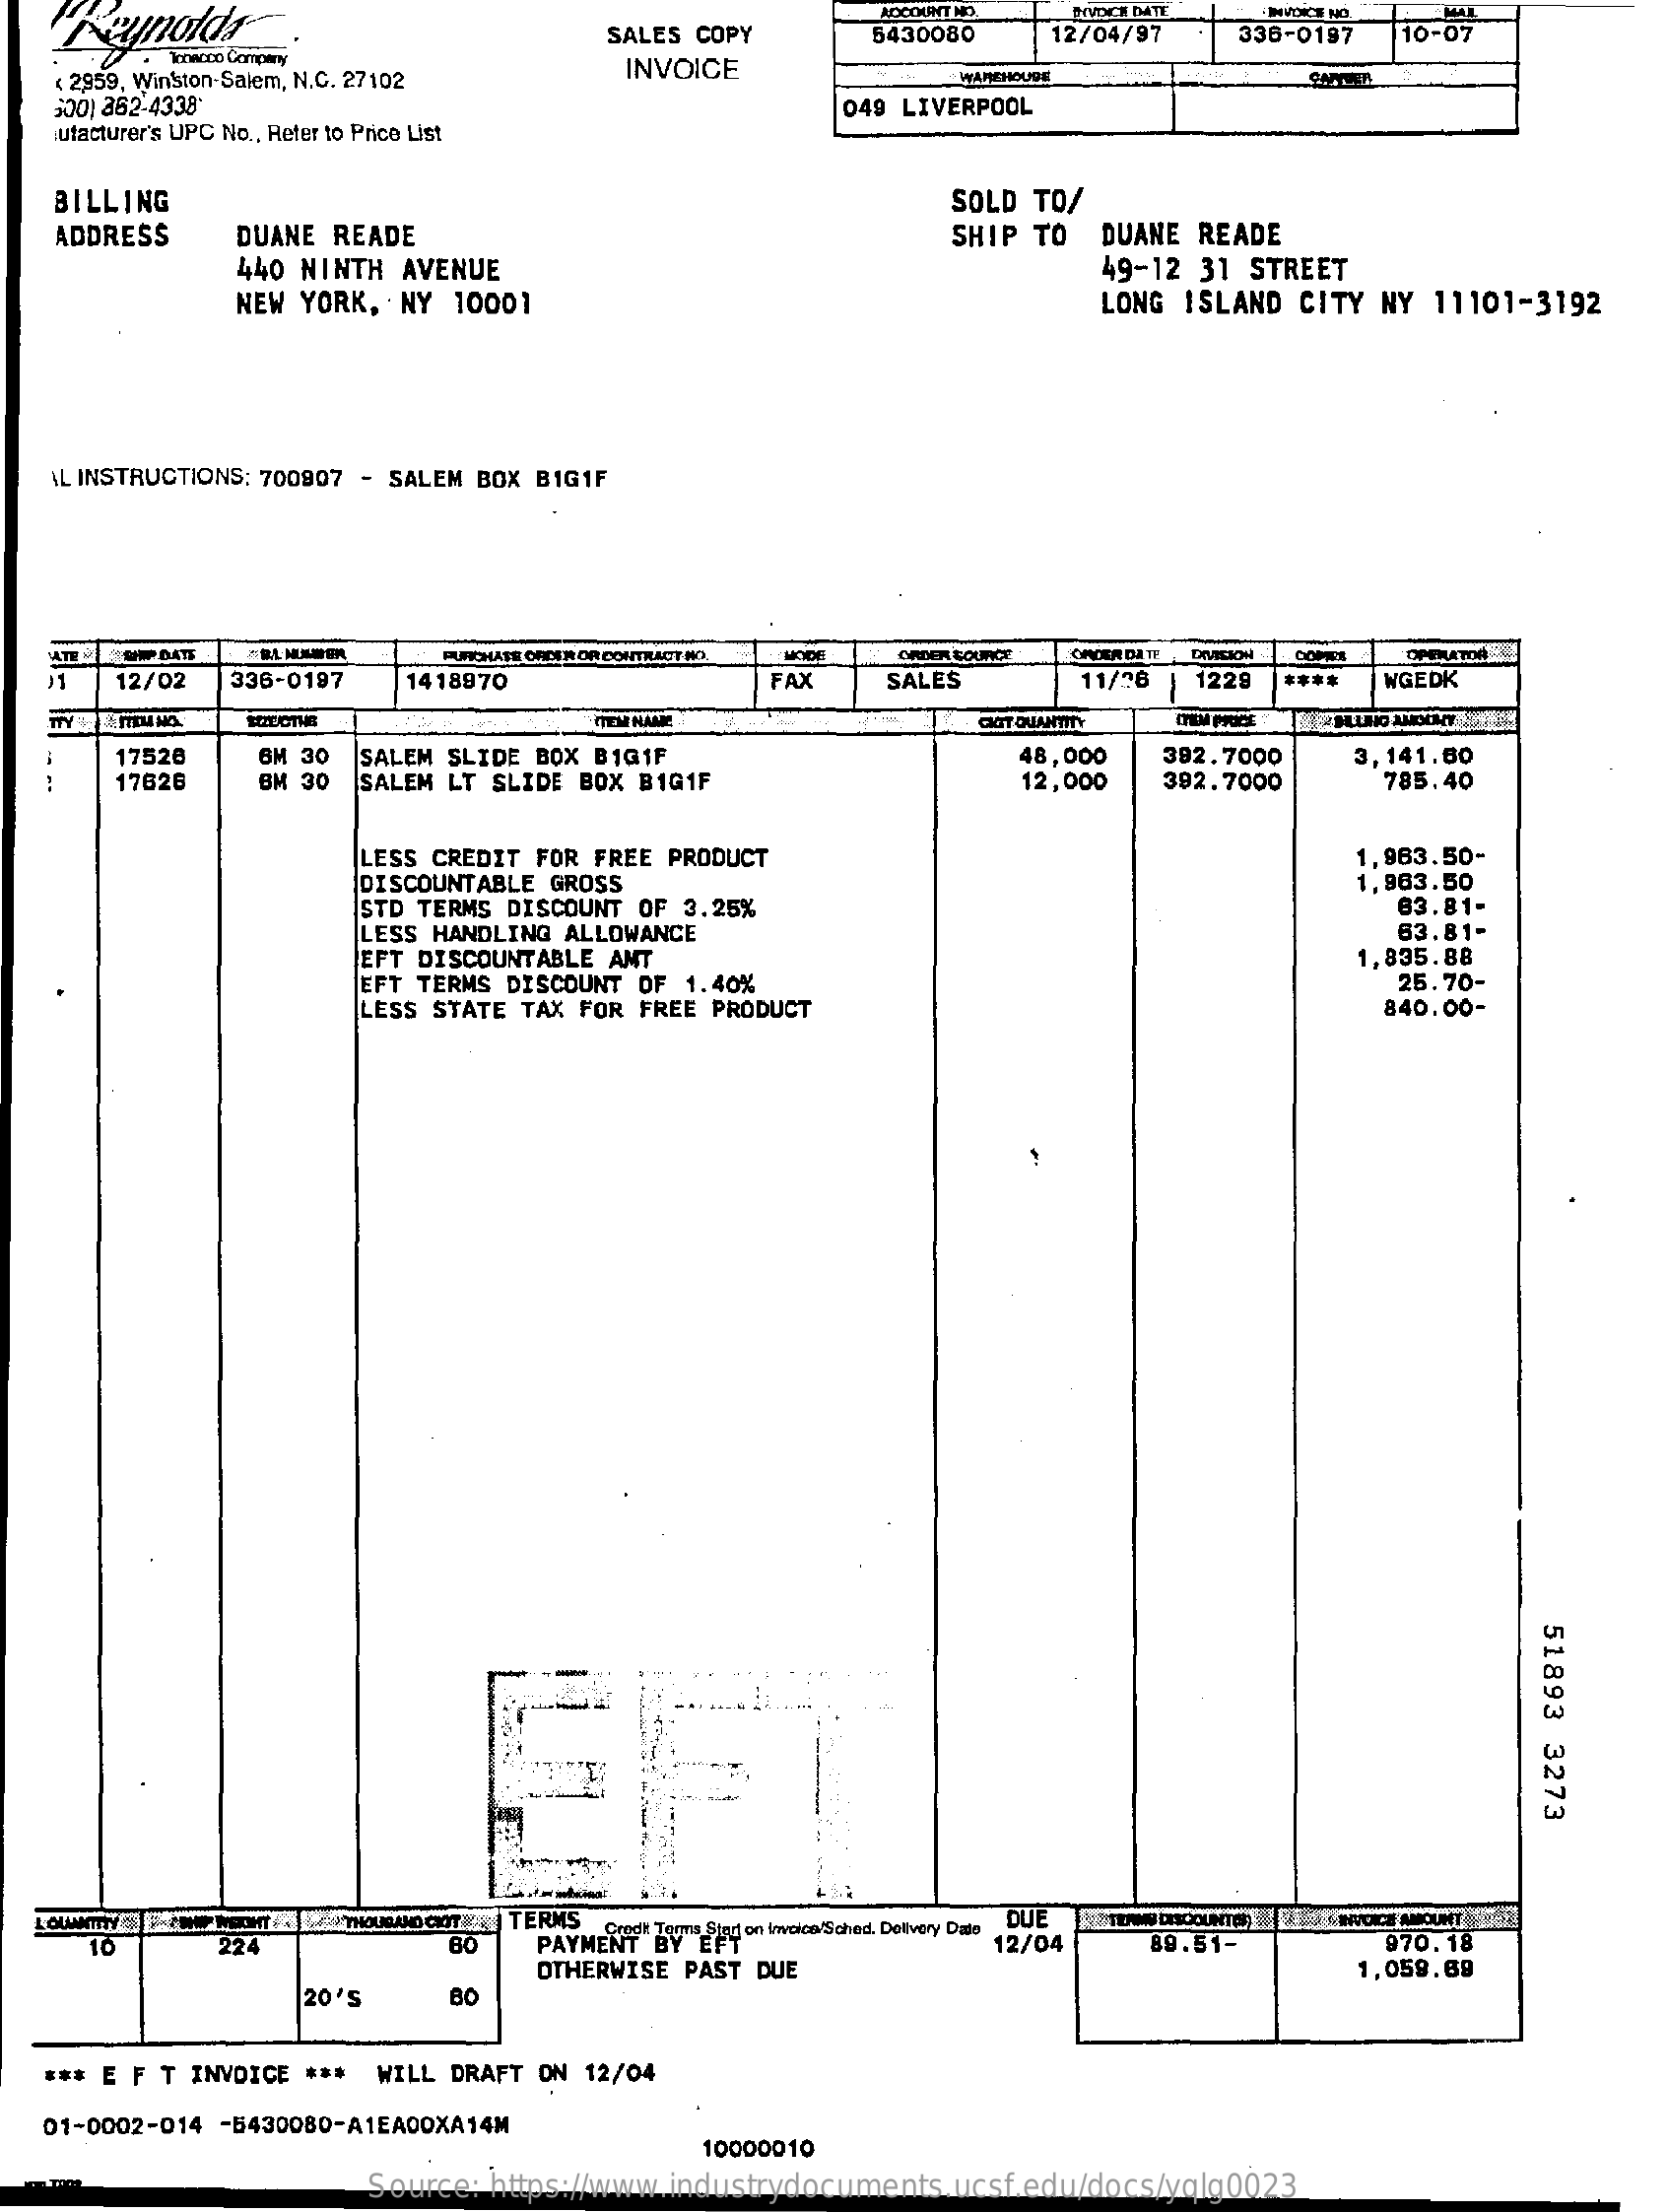
SALES COPY
     ACCOUNTHD
     5430080  12/04/97
     INVOKE NO
     336-0197 10-07
   < 2959, Winston-Salem, N.C. 27102 INVOICE    WAREHOUDE    ENTZER
   000) 862-4338
   ufacturer's UPC No ., Refer to Price List
     049 LIVERPOOL
   BILLING    SOLD TO/
   ADDRESS  DUANE READE
     440 NINTH AVENUE
     SHIP TO DUANE READE
     NEW YORK, NY 10001
     49-12 31 STREET
     LONG ISLAND CITY NY 11101-3192
   IL INSTRUCTIONS: 700907 - SALEM BOX BIG1F
     UT DATE    PURCHASE OFCER OR CONTRACT NO. MOCE GADER BOUNCE DIVISION COSA OPERATOR
   01 12/02 336-0197 1418970    FAX   SALES    11/26 1229    WGEDK
     TTEM RAME    CIT QUANTITY TIM PICICE
     17526  BM 30 SALEM SLIDE BOX B1GIF    48,000 392.7000 3,141.60
     17626  BM 30 SALEM LT SLIDE BOX BIG1F    12,000 392.7000  785.40
     LESS CREDIT FOR FREE PRODUCT
     DISCOUNTABLE GROSS
     1,963.50-
     STD TERMS DISCOUNT OF 3.25%
     1,963.50
     63.81-
     LESS HANDLING ALLOWANCE
     EFT DISCOUNTABLE AMT
     63.81-
     EFT TERMS DISCOUNT OF 1.40%
     1,835.88
     LESS STATE TAX FOR FREE PRODUCT
     25.70-
     840.00-
     51893
     3273
     THOUSAND CIOITE TERMS
     10    224    PAYMENT" Bon Involta/S ched. Delivery Date DUE
     12/04
     UNTEAMS DISCOUNTON ALAS LANUDICE AMOUNT SER
     89.51-
     OTHERWISE PAST DUE
     970.18
     1,059.69
     20'S   BO
  *** E F T INVOICE *** WILL DRAFT ON 12/04
  01-0002-014 -5430080-A1EA00XA14M
     10000010
     Source: https://www.industrydocuments.ucsf.edu/docs/yqlg0023